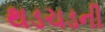
થડચડની